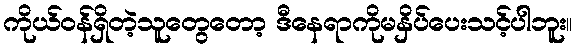
ကိုယ်ဝန်ရှိတဲ့သူတွေတော့ ဒီနေရာကိုမနှိပ်ပေးသင့်ပါဘူး။